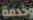
وخدمة